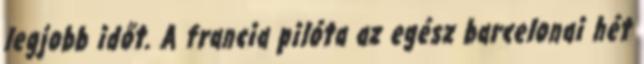
legjobb időt. A francia pilóta az egész barcelonai hét